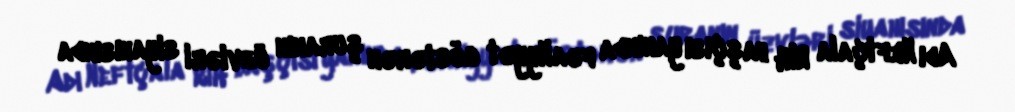
Adı Neftçala RİH başçısı yanında fəaliyyət göstərən şuranın üzvləri siyahısında